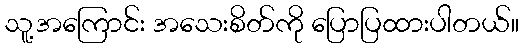
သူ့အကြောင်း အသေးစိတ်ကို ပြောပြထားပါတယ်။